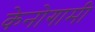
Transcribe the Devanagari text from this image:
केनोगामी